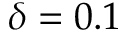
\delta = 0 . 1